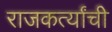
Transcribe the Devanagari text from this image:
राजकर्त्यांची